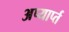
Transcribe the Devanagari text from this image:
अप्यार्प्त